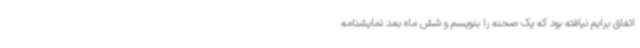
اتفاق برایم نیافته بود که یک صحنه را بنویسم و شش ماه بعد نمایشنامه